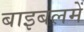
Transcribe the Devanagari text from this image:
बाइबलमें